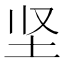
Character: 坚